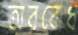
অরবোধ